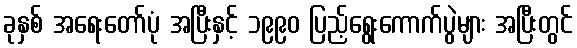
ခုနှစ် အရေးတော်ပုံ အပြီးနှင့် ၁၉၉၀ ပြည့်ရွေးကောက်ပွဲများ အပြီးတွင်